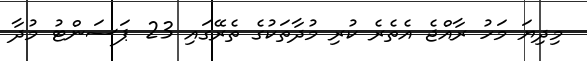
މިދިޔަ މަހު ރާއްޖެ އެތެރެ ކުރި މުދާތަކުގެ ތެރޭގައި 23 ޕަސަންޓު މުދާ